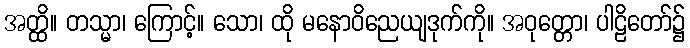
အတ္ထိ။ တသ္မာ၊ ကြောင့်။ သော၊ ထို မနောဝိညေယျဒုက်ကို။ အဝုတ္တော၊ ပါဠိတော်၌